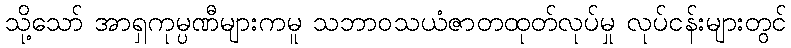
သို့သော် အာရှကုမ္ပဏီများကမူ သဘာဝသယံဇာတထုတ်လုပ်မှု လုပ်ငန်းများတွင်